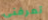
تعرفني